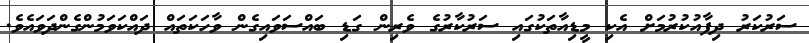
ސަރުކަރު ދިފާއުކުރުމަށް އެކި މީޑިއާތަކުގައި ސަރުކާރުގެ ވެރިން ގަޑި ބައްސަވައިގެން ވާހަކަތައް ދައްކަވަމުންގެންދަވައެވެ.